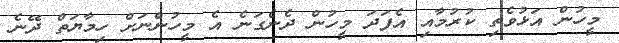
މީހުން އަޅުވެތި ކުރުމާއި އެފަދަ މީހުން ދެނެގަނެ އެ މީހުންނަށް ހިމާޔަތް ދޭނެ